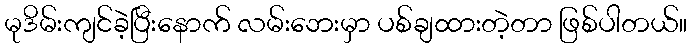
မုဒိမ်းကျင်ခဲ့ပြီးနောက် လမ်းဘေးမှာ ပစ်ချထားတဲ့တာ ဖြစ်ပါတယ်။